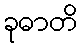
ခုဓာတိ